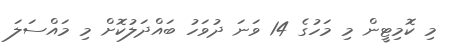
މި ކޮމިޓީން މި މަހުގެ 14 ވަނަ ދުވަހު ބައްދަލުކޮށް މި މައްސަލަ